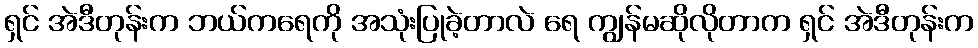
ရှင် အဲဒီတုန်းက ဘယ်ကရေကို အသုံးပြုခဲ့တာလဲ ရေ ကျွန်မဆိုလိုတာက ရှင် အဲဒီတုန်းက